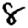
Digit: 8